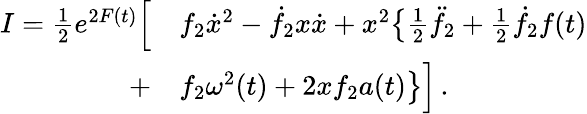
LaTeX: \begin{array}{rl}{I={\textstyle\frac{1}{2}}e^{2F(t)}\Big[}&{{}f_{2}\dot{x}^{2}-\dot{f}_{2}x\dot{x}+x^{2}\big\{ {\textstyle\frac{1}{2}}\ddot{f}_{2}+{\textstyle\frac{1}{2}}\dot{f}_{2}f(t)}\\ {+}&{{}f_{2}\omega^{2}(t)+2xf_{2}a(t)\big\} \Big]\, .}\end{array}